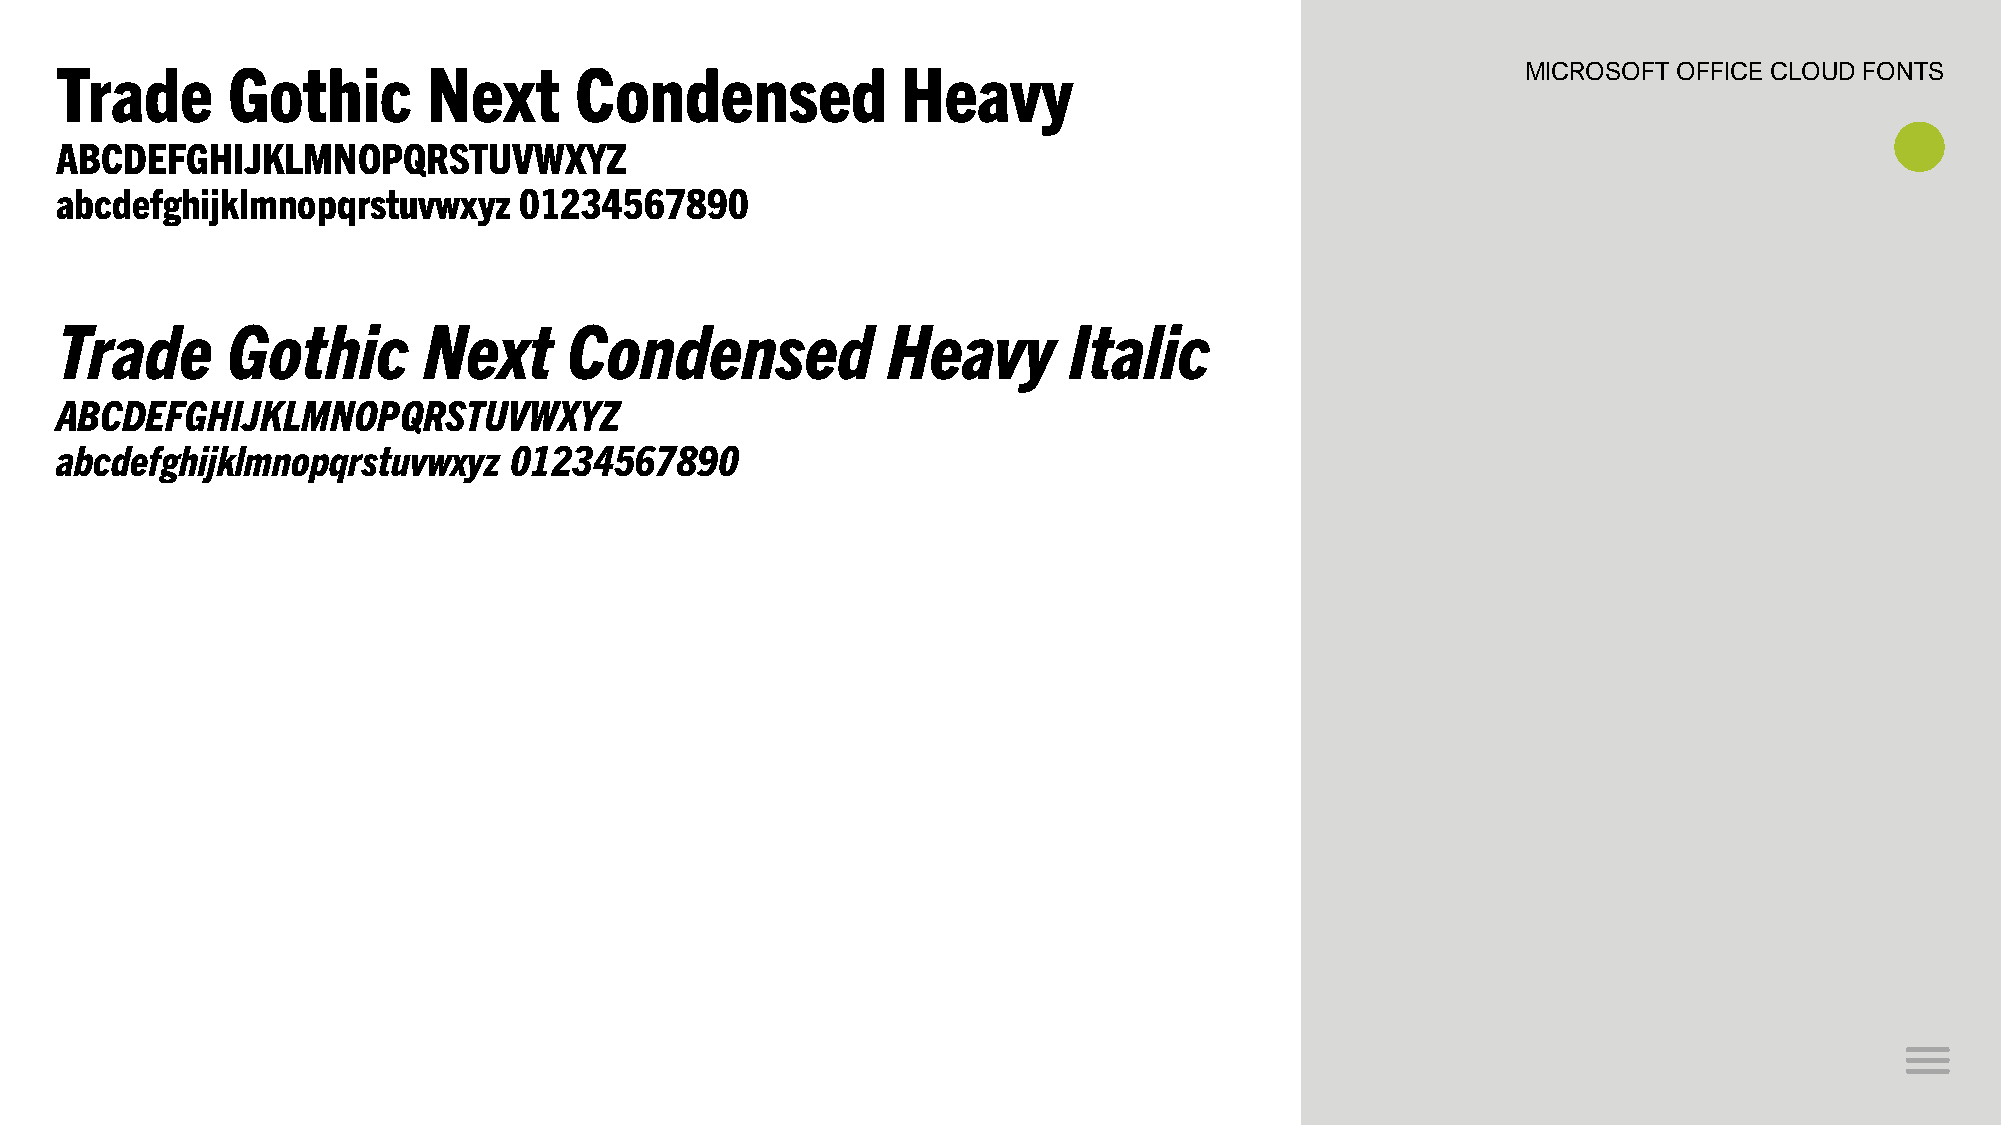
MICROSOFT OFFICE CLOUD FONTS
 Trade      Gothic       Next      Condensed             Heavy
 ABCDEFGHIJKLMNOPQRSTUVWXYZ
 abcdefghijklmnopqrstuvwxyz    01234567890
 Trade      Gothic       Next      Condensed            Heavy       Italic
 ABCDEFGHIJKLMNOPQRSTUVWXYZ
 abcdefghijklmnopqrstuvwxyz    01234567890